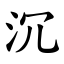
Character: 沉